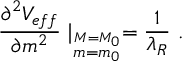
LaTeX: { \frac { \partial ^ { 2 } V _ { e f f } } { \partial m ^ { 2 } } } \mid _ { \stackrel { M = M _ { 0 } } { m = m _ { 0 } } } = { \frac { 1 } { \lambda _ { R } } } ~ .